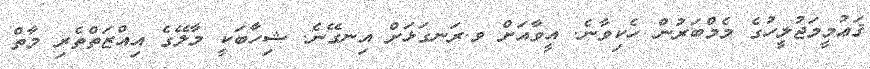
ޤަޢުމީމަޖުލީހުގެ މެމްބަރުން ހެކިވާނެ. އީވާއަށް ވ.ރަނގަޅަށް އިނގޭނެ. ޝިހާބަކީ މާލޭގެ އިއްޒަތްތެރި މާތް